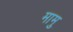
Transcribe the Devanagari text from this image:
मामु